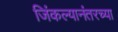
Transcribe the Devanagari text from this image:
जिंकल्यानंतरच्या